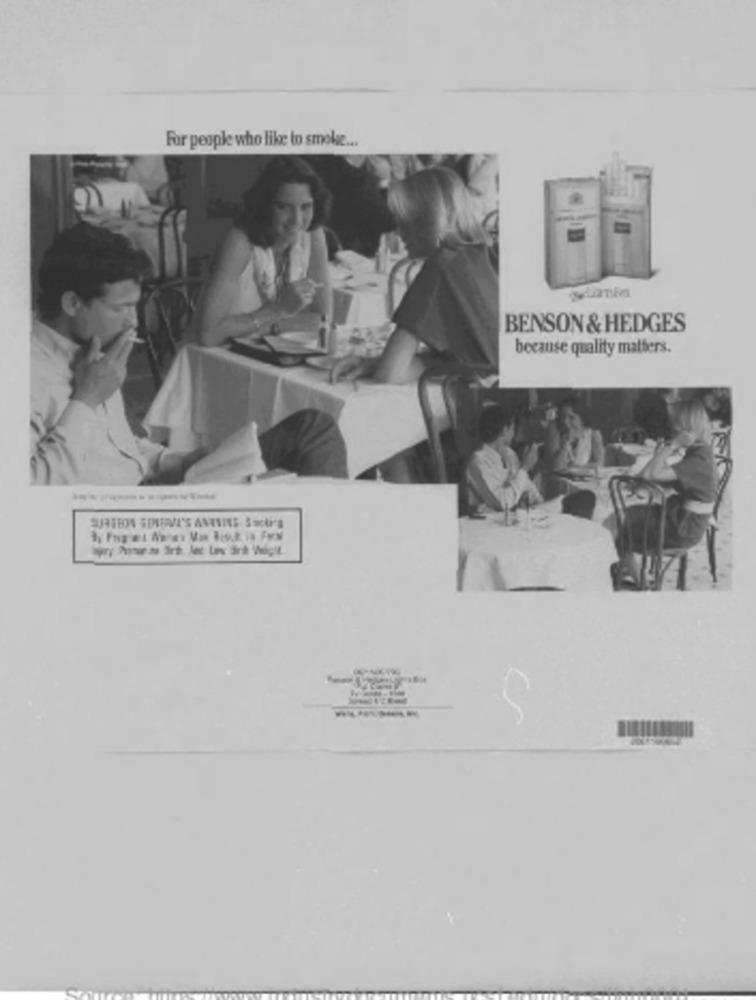
For people who like to smokie ...
BENSON & HEDGES
because quality matters.